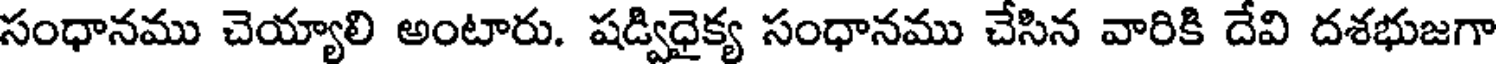
సంధానము చెయ్యాలి అంటారు. షడ్విధైక్య సంధానము చేసిన వారికి దేవి దశభుజగా